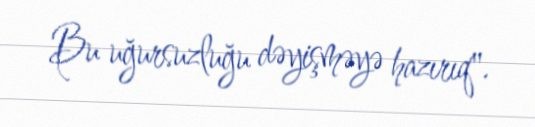
Bu uğursuzluğu dəyişməyə hazırıq".